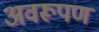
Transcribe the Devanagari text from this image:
अवरूपण